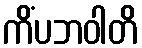
ကိံပဘဝါတိ